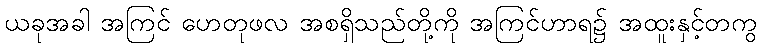
ယခုအခါ အကြင် ဟေတုဖလ အစရှိသည်တို့ကို အကြင်ဟာရ၌ အထူးနှင့်တကွ